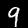
Digit: 9